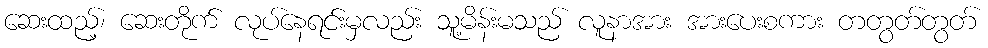
ဆေးထည့်၊ ဆေးတိုက် လုပ်နေရင်းမှလည်း သူ့မိန်းမသည် လူနာအား အားပေးစကား တတွတ်တွတ်